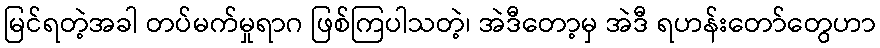
မြင်ရတဲ့အခါ တပ်မက်မှုရာဂ ဖြစ်ကြပါသတဲ့၊ အဲဒီတော့မှ အဲဒီ ရဟန်းတော်တွေဟာ